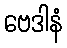
ဗေဒါနံ